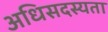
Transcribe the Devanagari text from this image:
अधिसदस्यता